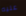
عليه